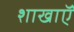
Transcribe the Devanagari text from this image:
शाखाऍं